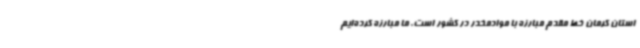
استان کرمان خط مقدم مبارزه با موادمخدر در کشور است. ما مبارزه کرده‌ایم